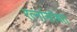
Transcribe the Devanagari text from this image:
रत्नांसोबत